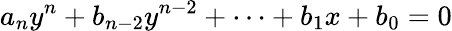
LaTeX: a_{n}y^{n}+b_{n-2}y^{n-2}+\dots+b_{1}x+b_{0}=0